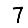
Digit: 7